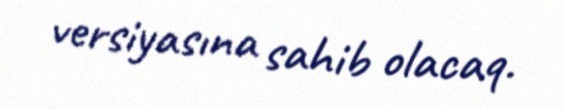
versiyasına sahib olacaq.